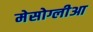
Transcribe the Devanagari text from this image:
मेसोग्लीआ